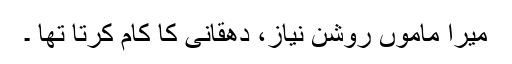
میرا ماموں روشن نیاز، دھقانی کا کام کرتا تھا ۔